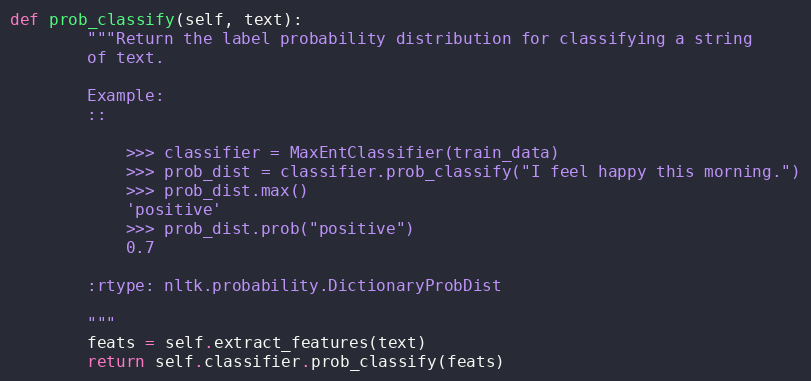
Language: Python
def prob_classify(self, text):
        """Return the label probability distribution for classifying a string
        of text.

        Example:
        ::

            >>> classifier = MaxEntClassifier(train_data)
            >>> prob_dist = classifier.prob_classify("I feel happy this morning.")
            >>> prob_dist.max()
            'positive'
            >>> prob_dist.prob("positive")
            0.7

        :rtype: nltk.probability.DictionaryProbDist

        """
        feats = self.extract_features(text)
        return self.classifier.prob_classify(feats)